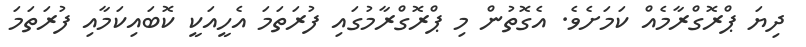
ދިޔަ ޕްރޮގްރާމެއް ކަމަށެވެ. އެގޮތުން މި ޕްރޮގްރާމުގައި ފުރަތަމަ އެހީއަކީ ކޮބައިކަމާއި ފުރަތަމަ